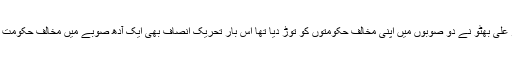
جس طرح ذوالفقار علی بھٹو نے دو صوبوں میں اپنی مخالف حکومتوں کو توڑ دیا تھا اِس بار تحریک انصاف بھی ایک آدھ صوبے میں مخالف حکومت کو توڑ سکتی ہے۔